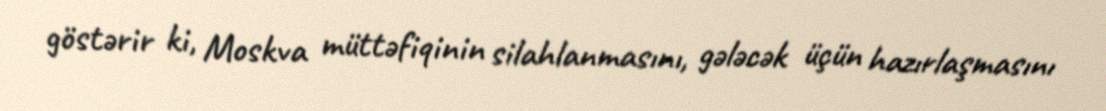
göstərir ki, Moskva müttəfiqinin silahlanmasını, gələcək üçün hazırlaşmasını